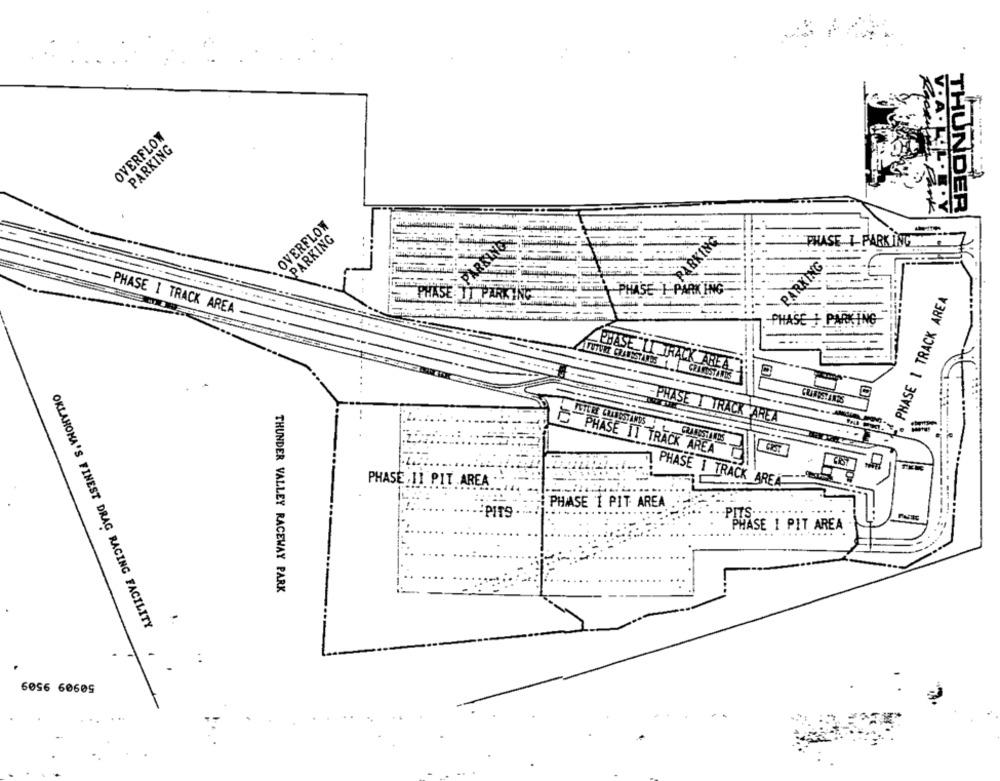
HBON
OVERFLOW
PARKING
. A . Ly
OVERFLOW
PARKING
KING
PHASE I PARKING
PARKING
RISING
PHASE TA
AK ING
PHASE 1 TRACK AREA
- PHASE | TRACK AREA -
PHASE +1
PARKING
PHASE LI TRAC
ARIE
TRACK AREA
PHASE IT TRACK AREA
TIT
PHASE , II PIT AREA
PHASE 1 TRACK ARE
PHASE I PIT AREA
PITS
PHASE I PIT AREA
THUNDER VALLEY RACEWAY PARK
OKLAHOMA'S FINEST DRAG RACING FACILITY
6056 60605